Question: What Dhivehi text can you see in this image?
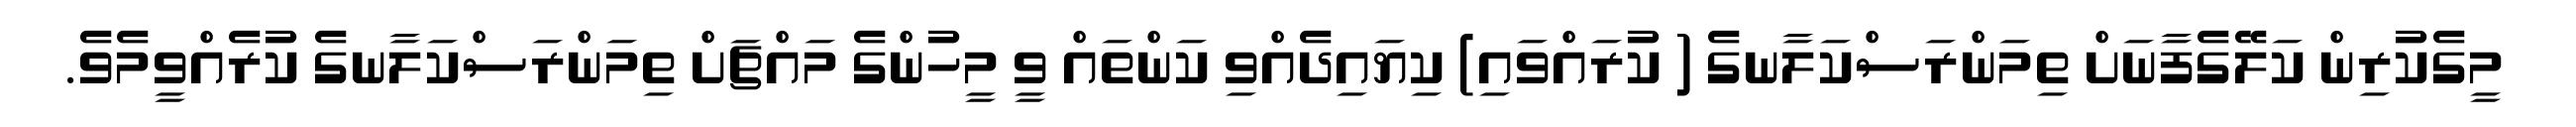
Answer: މީގެކުރިން ކަލޭގެފާނަށް ތިމަންރަސްކަލާނގެ ( ކުރައްވައި) ކިޔައިދެއްވި ކަންތައް ވީ މީހުންގެ މައްޗަށް ތިމަންރަސްކަލާނގެ ކުރެއްވީމެވެ.